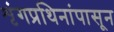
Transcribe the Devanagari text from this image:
शृंगप्रथिनांपासून